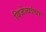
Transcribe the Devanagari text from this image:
विजेत्यांचा